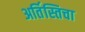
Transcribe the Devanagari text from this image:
अर्तिस्तिचा